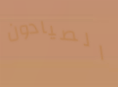
الصيادون